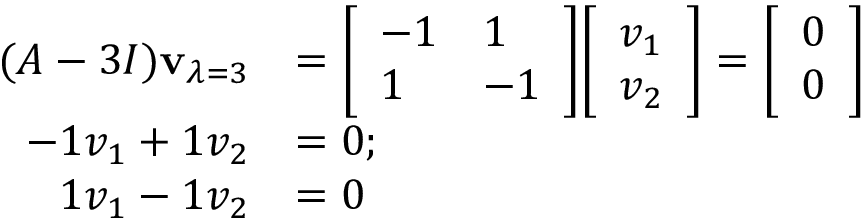
{ \begin{array} { r l } { ( A - 3 I ) \mathbf { v } _ { \lambda = 3 } } & { = { \left[ \begin{array} { l l } { - 1 } & { 1 } \\ { 1 } & { - 1 } \end{array} \right] } { \left[ \begin{array} { l } { v _ { 1 } } \\ { v _ { 2 } } \end{array} \right] } = { \left[ \begin{array} { l } { 0 } \\ { 0 } \end{array} \right] } } \\ { - 1 v _ { 1 } + 1 v _ { 2 } } & { = 0 ; } \\ { 1 v _ { 1 } - 1 v _ { 2 } } & { = 0 } \end{array} }